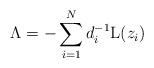
LaTeX: \begin{align*} \Lambda = - \sum_{i=1}^N d_i^{-1} \mathrm{L}(z_i)\end{align*}